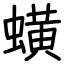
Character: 蟥